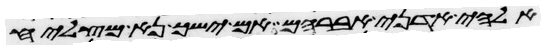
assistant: אלהי אדני אברהם אם ישך נא מצליח